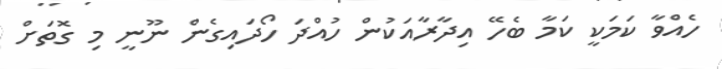
ހެއްވާ ކަމަކީ ކަމާ ބެހޭ އިދާރާއަކުން ހުއްދަ ހޯދައިގެން ނޫނީ މި ގޮތަށް